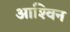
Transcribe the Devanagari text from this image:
आश्‍विन